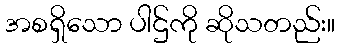
အစရှိသော ပါဌ်ကို ဆိုသတည်း။